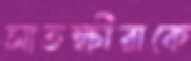
সাতক্ষীরাকে